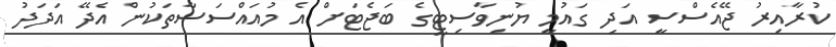
ކުރާއިރު ޖޭއެސްސީ އަދި ގައުމީ ޔުނިވާސިޓީގެ ބަޖެޓަށް އެ މުއައްސަސާތަކުން އެދޭ އަދަދު